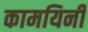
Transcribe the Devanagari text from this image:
कामयिनी